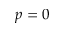
p = 0